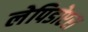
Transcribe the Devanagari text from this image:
लेपिडोप्टरा